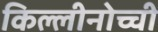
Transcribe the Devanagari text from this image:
किल्लीनोच्ची